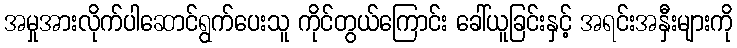
အမှုအားလိုက်ပါဆောင်ရွက်ပေးသူ ကိုင်တွယ်ကြောင်း ခေါ်ယူခြင်းနှင့် အရင်းအနှီးများကို